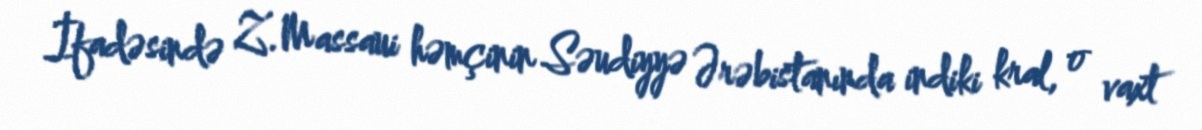
İfadəsində Z.Massaui həmçinin Səudiyyə Ərəbistanında indiki kral, o vaxt